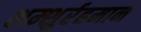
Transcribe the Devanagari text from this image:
शम्शुर्रहमान